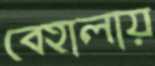
বেহালায়